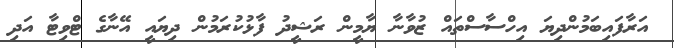
އަރާފައިބަމުންދިޔަ އިހްސާސްތައް ޒުވާނާ ޔާމީން ރަޝީދު ފާޅުކުރަމުން ދިޔައީ އޭނާގެ ޓްވިޓާ އަދި